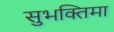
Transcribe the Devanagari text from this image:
सुभक्तिमा